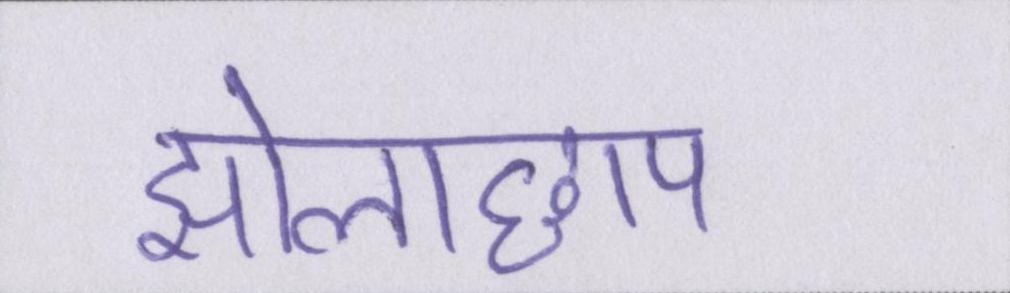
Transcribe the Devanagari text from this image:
झोलाछाप